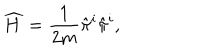
\widehat { H } = \frac { 1 } { 2 m } \hat { \pi } ^ { i } \hat { \pi } ^ { i } ,